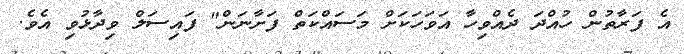
އެ ފަރާތުން ހުއްދަ ދެއްވިހާ އަވަހަކަށް މަސައްކަތް ފަށާނަން" ފައިސަލް ވިދާޅުވި އެވެ.